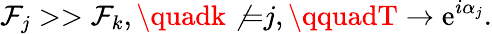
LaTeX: \mathcal{F}_{j}>>\mathcal{F}_{k},\quadk\not{=}j,\qquadT\rightarrow\mathrm{{e}}^{i\alpha_{j}}.